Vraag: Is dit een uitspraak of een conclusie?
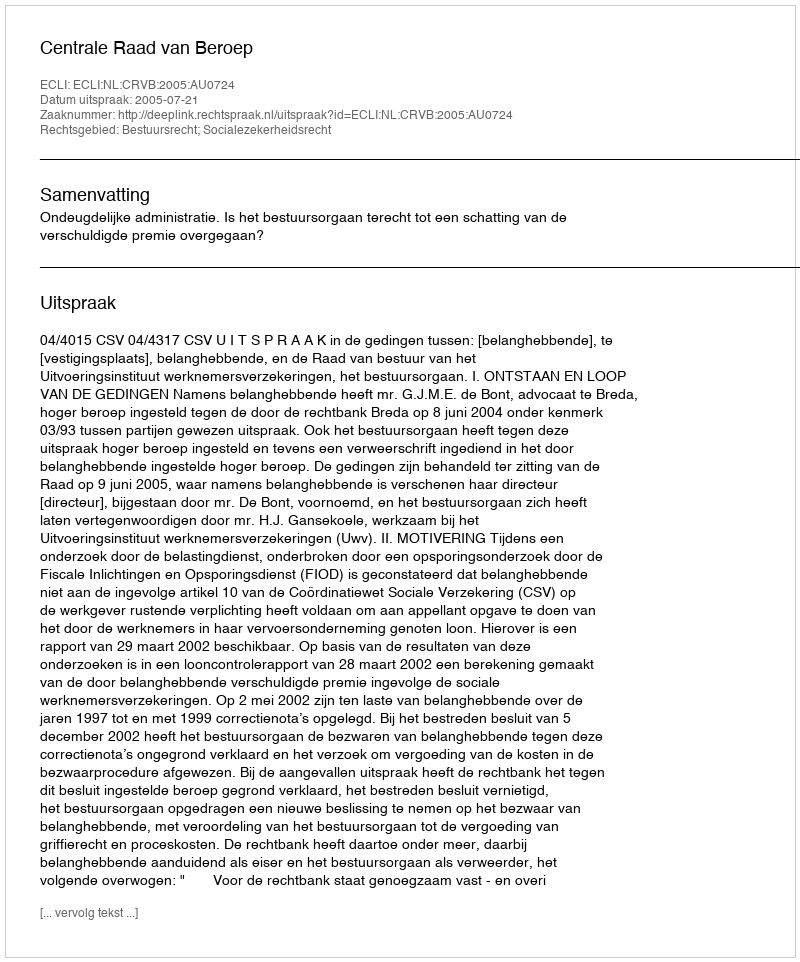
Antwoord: Uitspraak